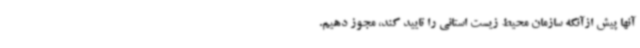
آنها پیش ازآنکه سازمان محیط زیست استانی را تایید کند، مجوز دهیم.